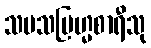
သမသဗြဟ္မစာရီသု